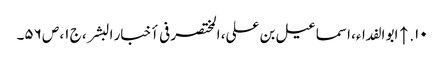
۱۰. ↑ ابو الفداء، اسماعیل بن علی، المختصر فی أخبار البشر، ج ۱، ص ۵۶۔